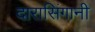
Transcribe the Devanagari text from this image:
दारासिंगानी